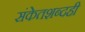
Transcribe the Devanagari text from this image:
संकेतशब्दही